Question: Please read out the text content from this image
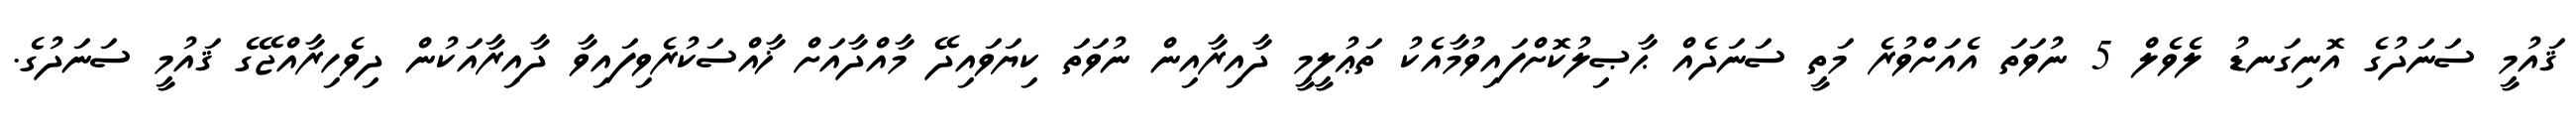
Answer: ޤައުމީ ސަނަދުގެ އޮނިގަނޑު ލެވެލް 5 ނުވަތަ އެއަށްވުރެ މަތީ ސަނަދެއް ޙާޞިލުކޮށްފައިވުމާއެކު ތަޢުލީމީ ދާއިރާއިން ނުވަތަ ކިޔަވައިދޭ މާއްދާއަށް ޚާއްސަކުރެވިފައިވާ ދާއިރާއަކުން ދިވެހިރާއްޖޭގެ ޤައުމީ ސަނަދުގެ.